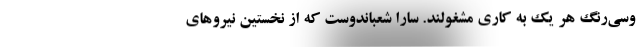
وسی‌رنگ هر یک به کاری مشغولند. سارا شعباندوست که از نخستین نیروهای